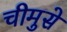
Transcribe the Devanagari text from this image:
चीमुसे